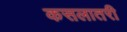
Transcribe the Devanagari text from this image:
कसलातरी